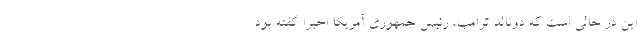
این در حالی است که دونالد ترامپ، رئیس جمهوری آمریکا اخیراً گفته بود